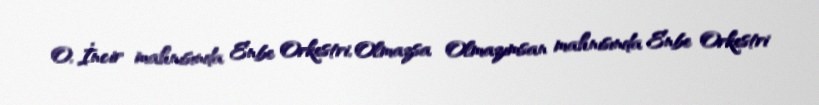
O, İncir mahnısında Enbe Orkestri, Olmazsa Olmazımsan mahnısında Enbe Orkestri